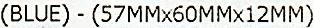
(BLUE) - (57MMX60MMX12MM)